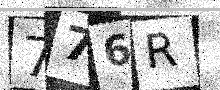
Text: 776R